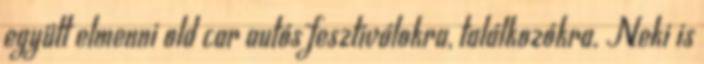
együtt elmenni old car autós fesztiválokra, találkozókra. Neki is